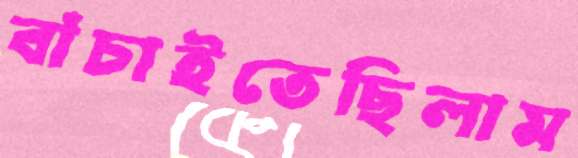
বাঁচাইতেছিলাম